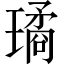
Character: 璚